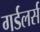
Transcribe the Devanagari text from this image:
गर्डलर्स